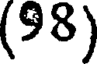
(98)